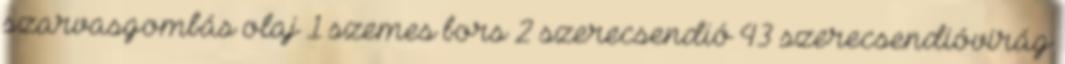
szarvasgombás olaj 1 szemes bors 2 szerecsendió 43 szerecsendióvirág